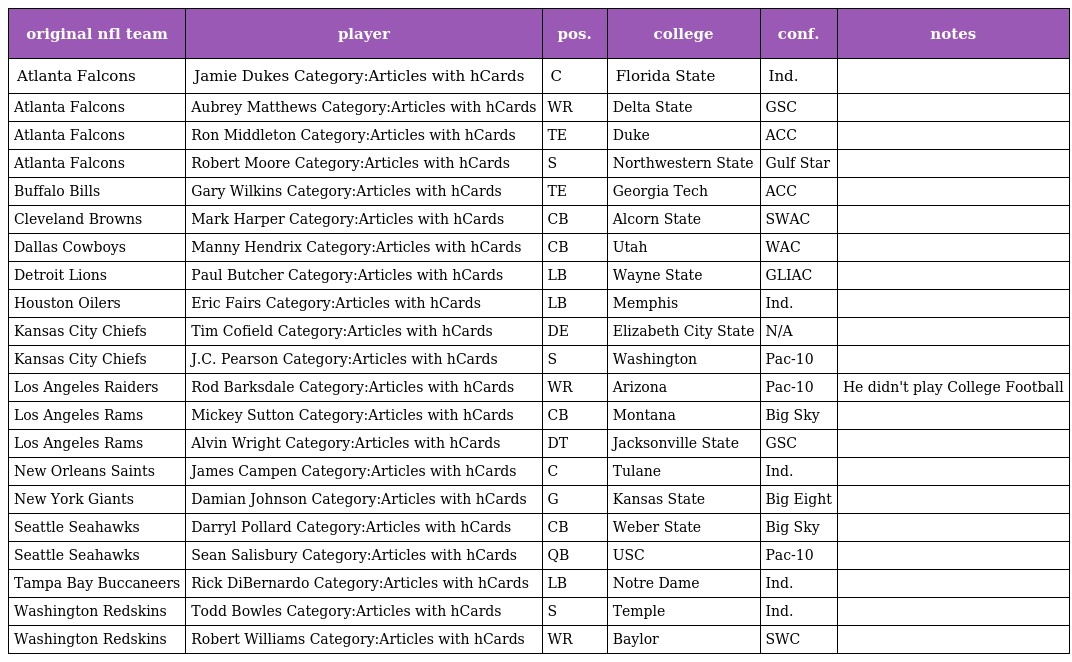
| original nfl team | player | pos. | college | conf. | notes |
 | --- | --- | --- | --- | --- | --- |
 | Atlanta Falcons | Jamie Dukes Category:Articles with hCards | C | Florida State | Ind. |  |
 | Atlanta Falcons | Aubrey Matthews Category:Articles with hCards | WR | Delta State | GSC |  |
 | Atlanta Falcons | Ron Middleton Category:Articles with hCards | TE | Duke | ACC |  |
 | Atlanta Falcons | Robert Moore Category:Articles with hCards | S | Northwestern State | Gulf Star |  |
 | Buffalo Bills | Gary Wilkins Category:Articles with hCards | TE | Georgia Tech | ACC |  |
 | Cleveland Browns | Mark Harper Category:Articles with hCards | CB | Alcorn State | SWAC |  |
 | Dallas Cowboys | Manny Hendrix Category:Articles with hCards | CB | Utah | WAC |  |
 | Detroit Lions | Paul Butcher Category:Articles with hCards | LB | Wayne State | GLIAC |  |
 | Houston Oilers | Eric Fairs Category:Articles with hCards | LB | Memphis | Ind. |  |
 | Kansas City Chiefs | Tim Cofield Category:Articles with hCards | DE | Elizabeth City State | N/A |  |
 | Kansas City Chiefs | J.C. Pearson Category:Articles with hCards | S | Washington | Pac-10 |  |
 | Los Angeles Raiders | Rod Barksdale Category:Articles with hCards | WR | Arizona | Pac-10 | He didn't play College Football |
 | Los Angeles Rams | Mickey Sutton Category:Articles with hCards | CB | Montana | Big Sky |  |
 | Los Angeles Rams | Alvin Wright Category:Articles with hCards | DT | Jacksonville State | GSC |  |
 | New Orleans Saints | James Campen Category:Articles with hCards | C | Tulane | Ind. |  |
 | New York Giants | Damian Johnson Category:Articles with hCards | G | Kansas State | Big Eight |  |
 | Seattle Seahawks | Darryl Pollard Category:Articles with hCards | CB | Weber State | Big Sky |  |
 | Seattle Seahawks | Sean Salisbury Category:Articles with hCards | QB | USC | Pac-10 |  |
 | Tampa Bay Buccaneers | Rick DiBernardo Category:Articles with hCards | LB | Notre Dame | Ind. |  |
 | Washington Redskins | Todd Bowles Category:Articles with hCards | S | Temple | Ind. |  |
 | Washington Redskins | Robert Williams Category:Articles with hCards | WR | Baylor | SWC |  |